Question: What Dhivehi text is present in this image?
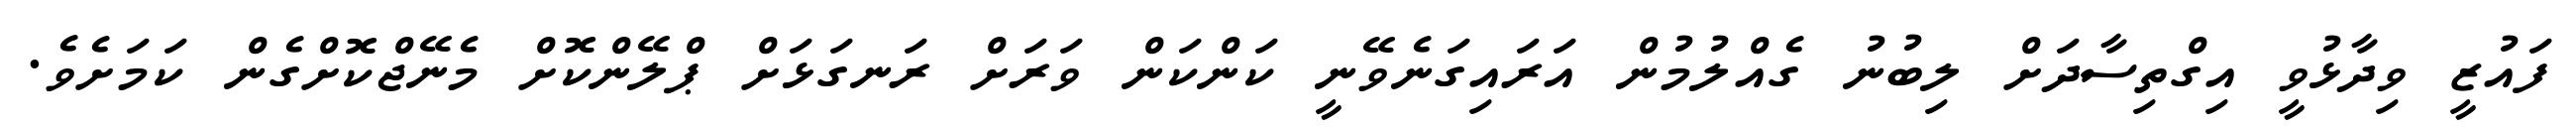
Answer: ފައުޒީ ވިދާޅުވީ އިގްތިސާދަށް ލިބުނު ގެއްލުމުން އަރައިގަނެވޭނީ ކަންކަން ވަރަށް ރަނގަޅަށް ޕްލޭންކޮށް މެނޭޖްކޮށްގެން ކަމަށެވެ.